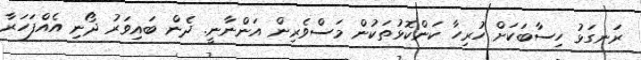
ރަނގަޅު ހިސާބަކަށް ހުރިހާ ކަންކޮޅުތަކުން މަސްވެރިން އަންނާނީ. ދެން ބައިވަރު ދޯނި އެއްފަހަރާ